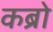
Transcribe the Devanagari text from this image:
कब्रो